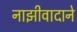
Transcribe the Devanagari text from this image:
नाझीवादाने